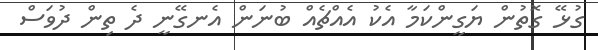
ގުޅޭ ގޮތުން ޔަގީންކަމާ އެކު އެއްޗެއް ބުނަން އެނގޭނީ ދެ ތިން ދުވަސް